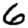
Digit: 6